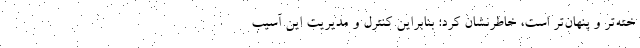
خته‌تر و پنهان‌تر است، خاطرنشان کرد: بنابراین کنترل و مدیریت این آسیب